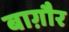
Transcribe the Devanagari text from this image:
बाग़ौर